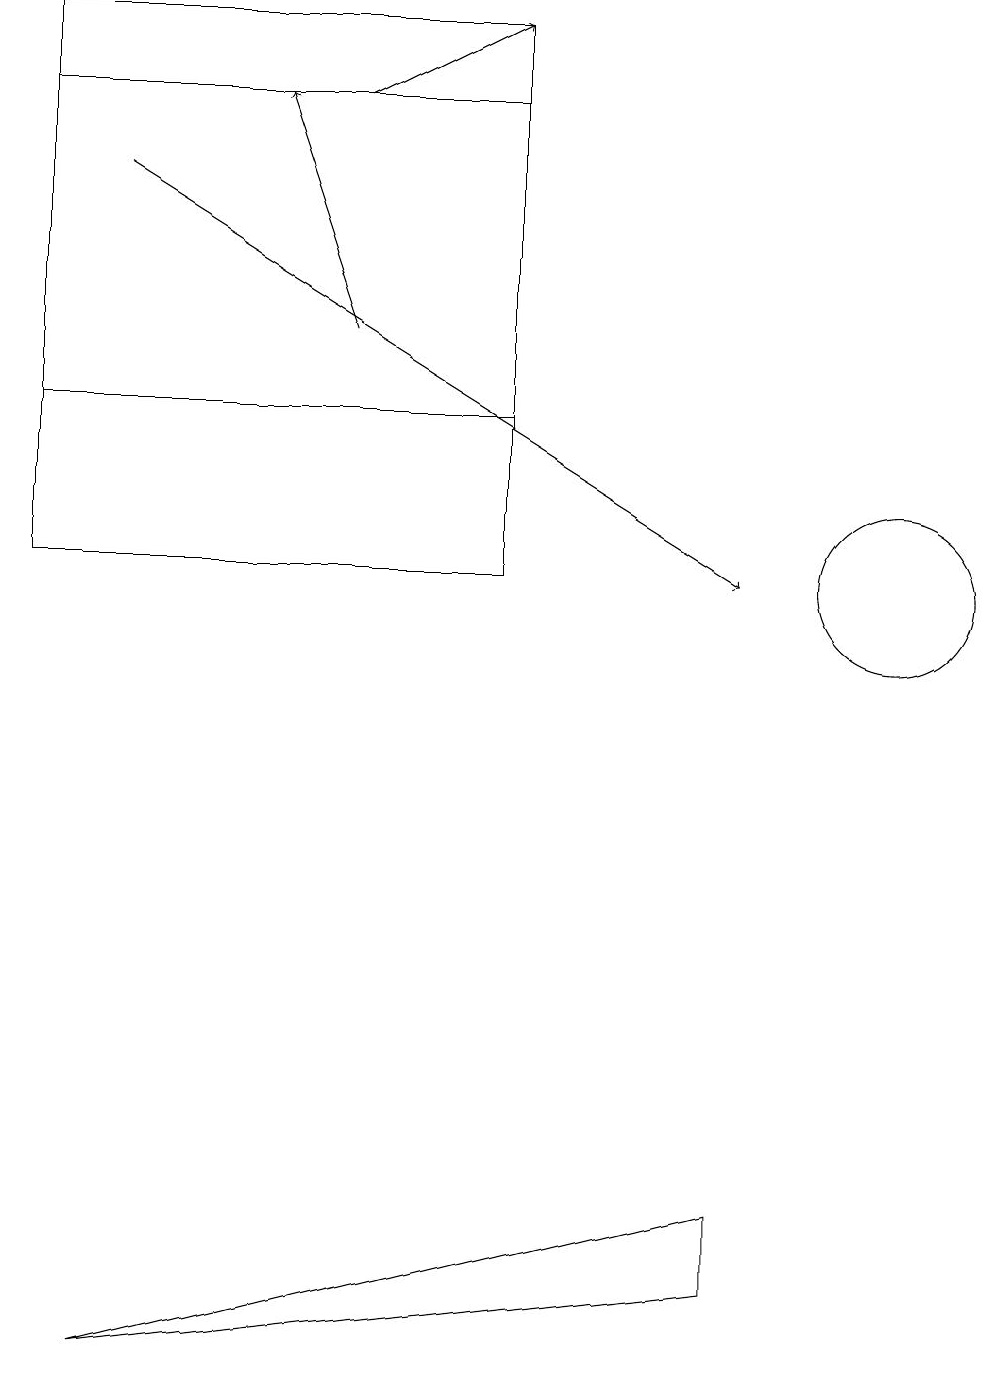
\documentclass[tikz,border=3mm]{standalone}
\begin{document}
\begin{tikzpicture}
\draw[->] (4,14) -- (3,17);
\draw[->] (1,16) -- (9,11);
\draw (0,17) rectangle (6,13);
\draw (6,18) rectangle (0,11);
\draw (11,11) circle (0);
\draw (11,11) circle (1);
\draw[->] (4,17) -- (6,18);
\draw (9,3) -- (1,1) -- (9,2) -- cycle;
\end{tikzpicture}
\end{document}